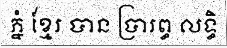
ភ្នំ ខ្មែរ បាន ប្រារព្ធ លទ្ធិ